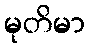
မုတိမာ